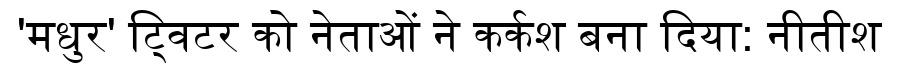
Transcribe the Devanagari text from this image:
'मधुर' ट्विटर को नेताओं ने कर्कश बना दिया: नीतीश